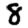
Digit: 8